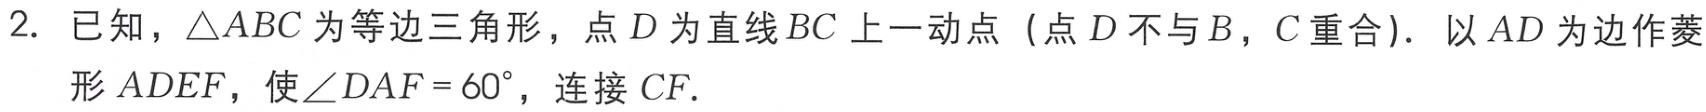
2. 已知，\(\triangle ABC\)为等边三角形，点\(D\)为直线\(BC\)上一动点（点\(D\)不与\(B\)，\(C\)重合）. 以\(AD\)为边作菱形\(ADEF\)，使\(\angle DAF = 60^{\circ}\)，连接\(CF\).